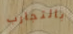
بالتجارب